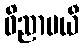
ဝိညာပယီ